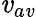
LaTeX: \mathit{v}_{a\mathit{v}}